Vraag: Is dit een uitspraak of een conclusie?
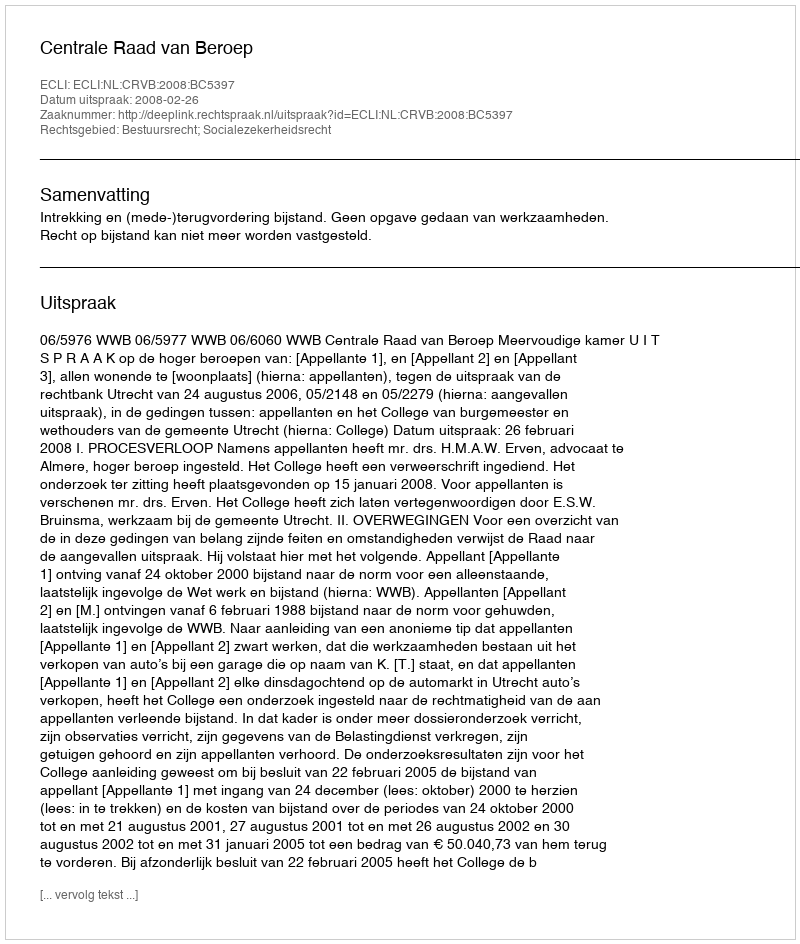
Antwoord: Uitspraak